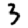
Digit: 3